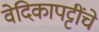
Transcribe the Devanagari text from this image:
वेदिकापट्टींचे